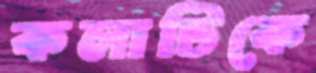
কলাটিকে